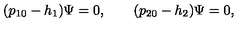
( p _ { 1 0 } - h _ { 1 } ) \Psi = 0 , \qquad ( p _ { 2 0 } - h _ { 2 } ) \Psi = 0 ,